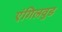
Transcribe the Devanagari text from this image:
एंगिलवुड